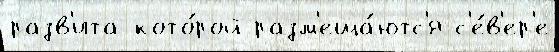
разв'ита кото́рой разм'еща́ютс'я с'е́в'ер'е